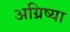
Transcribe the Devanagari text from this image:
अग्रिष्या